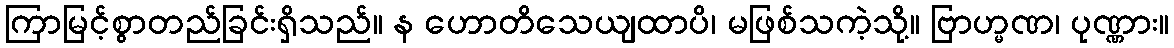
ကြာမြင့်စွာတည်ခြင်းရှိသည်။ န ဟောတိသေယျထာပိ၊ မဖြစ်သကဲ့သို့။ ဗြာဟ္မဏ၊ ပုဏ္ဏား။